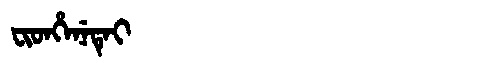
Manchu: ᠸᡳᡨᡥᡝᠨᡝᡨᡝᡳ
Romanization: FITHENETEI